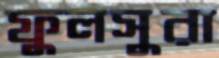
ফুলসুরা